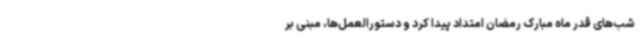
شب‌های قدر ماه مبارک رمضان امتداد پیدا کرد و دستورالعمل‌ها، مبنی بر